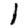
Digit: 1